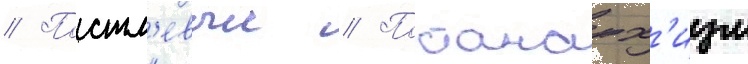
// Постл'евыи // Постанарх'изм